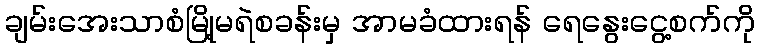
ချမ်းအေးသာစံမြို့မရဲစခန်းမှ အာမခံထားရန် ရေနွေးငွေ့စက်ကို